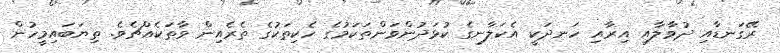
ރޭގަނޑާއި ދުވާލާއި އިރާއި ހަނދަކީ އެކަލާނގެ ކުޅަދުންވަންތަކަމުގެ ހެކިތަކުގެ ތެރެއިން ވާތަކެއްޗެވެ. ތިޔަބައިމީހުން